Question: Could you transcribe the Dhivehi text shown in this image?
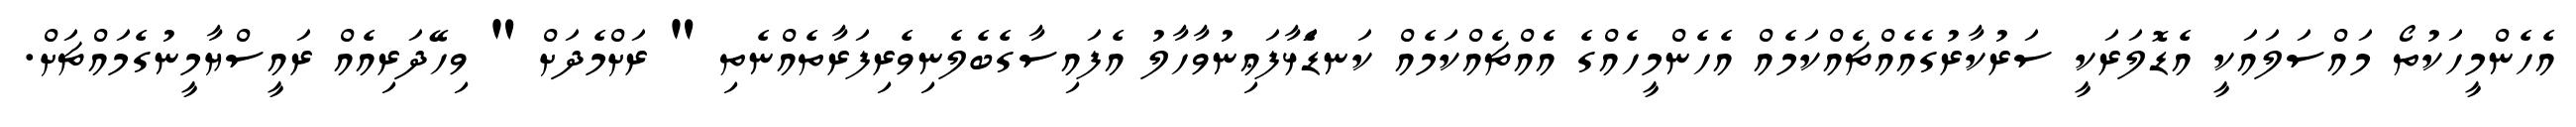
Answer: އެހެންމީހަކުތޯ މައްސަލައަކީ އެޑޮލަރަކީ ސަރުކާރުގެއެއްޗެއްކަމެއް އެހެންމީހެއްގެ އެެއްޗެއްކަމެއް ކަނޑަެަޅާފަޢިނުވާހާލު އެފައިސާގެބެލެނިވެރިފަރާތެއްނެތި " ރަށްމެދަށް " ވިހޭދަރިއެއް ރައީސްޔާމީނުގެމައްޗަށް.